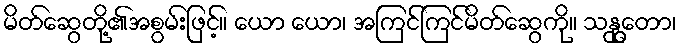
မိတ်ဆွေတို့၏အစွမ်းဖြင့်။ ယော ယော၊ အကြင်ကြင်မိတ်ဆွေကို။ သန္ထုတော၊